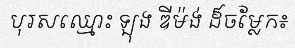
បុរសឈ្មោះ ឡុង ឌីម៉ង់ ដ៏ចម្លែក៖